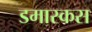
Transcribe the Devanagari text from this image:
डमास्कस